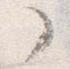
了